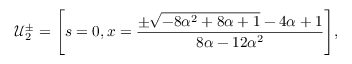
\mathcal { U } _ { 2 } ^ { \pm } = \Bigg [ s = 0 , x = \frac { \pm \sqrt { - 8 \alpha ^ { 2 } + 8 \alpha + 1 } - 4 \alpha + 1 } { 8 \alpha - 1 2 \alpha ^ { 2 } } \Bigg ] ,